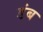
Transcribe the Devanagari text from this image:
डंब